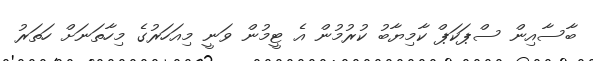
ބާސާއިން ސްޕަކަޕް ކާމިޔާބު ކުރުމުން އެ ޓީމުން ވަނީ މިއަހަރުގެ މިހާތަނަށް ހަތަރު